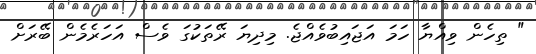
" ތިހެން ވިއްޔާ ހަމަ އަޖައިބުވެއްޖެ. މިދިޔަ ރޭތަކުގަ ވެސް އަހަރެމެން ބޭރަށް